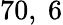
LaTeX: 70,\ 6